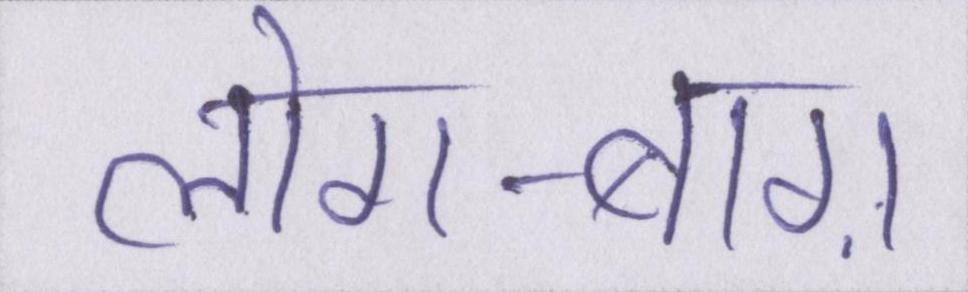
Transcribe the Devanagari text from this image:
लोग-बाग़